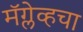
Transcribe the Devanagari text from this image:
मॅग्लेव्हचा